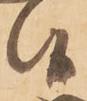
候